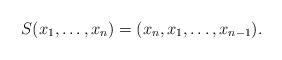
LaTeX: \begin{align*}S(x_1,\dotsc,x_{n})=(x_{n},x_1,\dotsc,x_{n-1}).\end{align*}